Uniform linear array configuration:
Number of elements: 4
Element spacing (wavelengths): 0.75
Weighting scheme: kaiser
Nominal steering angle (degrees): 30
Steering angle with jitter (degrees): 28.696
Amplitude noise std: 0.05
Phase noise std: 0.05

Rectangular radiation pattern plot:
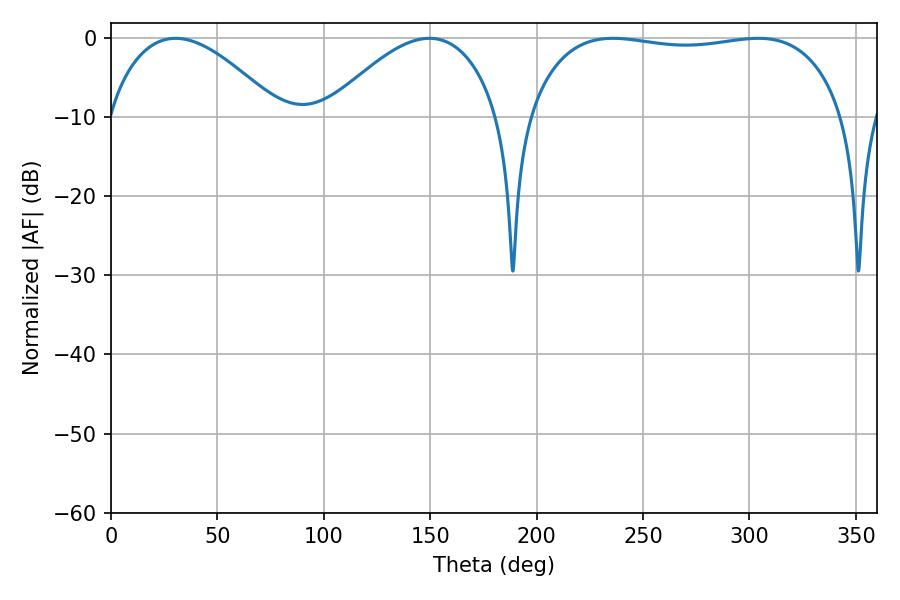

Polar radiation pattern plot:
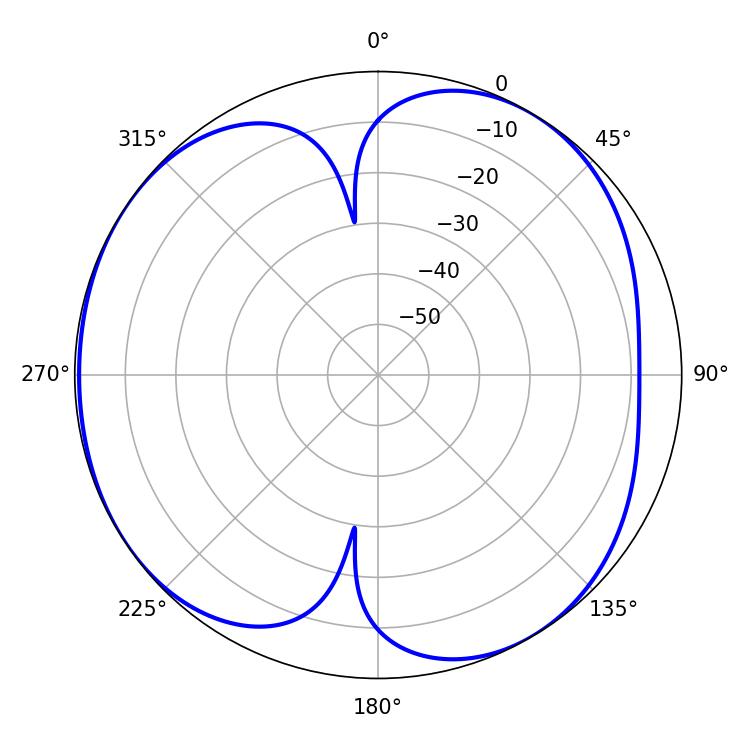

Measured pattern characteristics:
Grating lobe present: TRUE
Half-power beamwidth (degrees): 118.8
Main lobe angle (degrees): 235.8